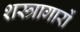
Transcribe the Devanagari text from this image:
शस्त्रागारों